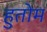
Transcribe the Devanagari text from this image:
हुतोम